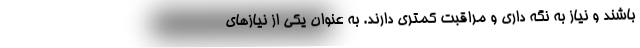
باشند و نیاز به نگه داری و مراقبت کمتری دارند. به عنوان یکی از نیازهای